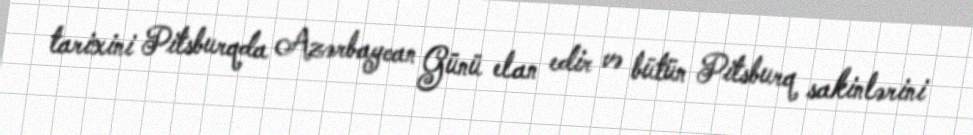
tarixini Pitsburqda Azərbaycan Günü elan edir və bütün Pitsburq sakinlərini